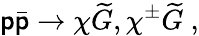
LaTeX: \mathsf{p}\bar{{\mathsf{p}}}\to\chi\widetilde{G},\chi^{\pm}\widetilde{G}\ ,